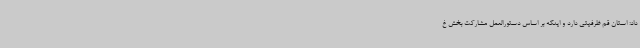
داد: استان قم ظرفیتی دارد و اینکه بر اساس دستورالعمل مشارکت بخش غ